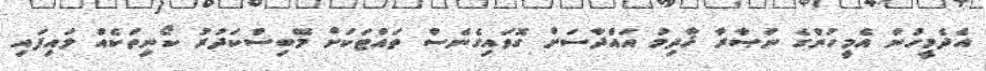
އެދެމީހުން އެމީހުންގެ ނަޞާރާ ޚާދިމު އައްދާސަށް ގޮވައިގެނެސް ތައްޓަކަށް މޭބިސްކަދުރު ކޯނިތަކެއް ލައިފައި